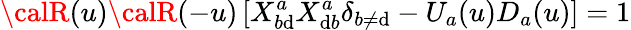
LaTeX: {\calR}(u){\calR}(-u)\left[X_{b\mathrm{d}}^{a}X_{\mathrm{d}b}^{a}\delta_{b\neq\mathrm{d}}-U_{a}(u)D_{a}(u)\right]=1